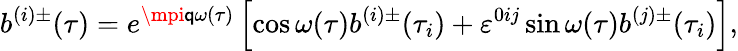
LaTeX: b^{(i)\pm}(\tau)=e^{\mpi\mathsf{q}\omega(\tau)}\left[\cos\omega(\tau)b^{(i)\pm}(\tau_{i})+\varepsilon^{0ij}\sin\omega(\tau)b^{(j)\pm}(\tau_{i})\right],